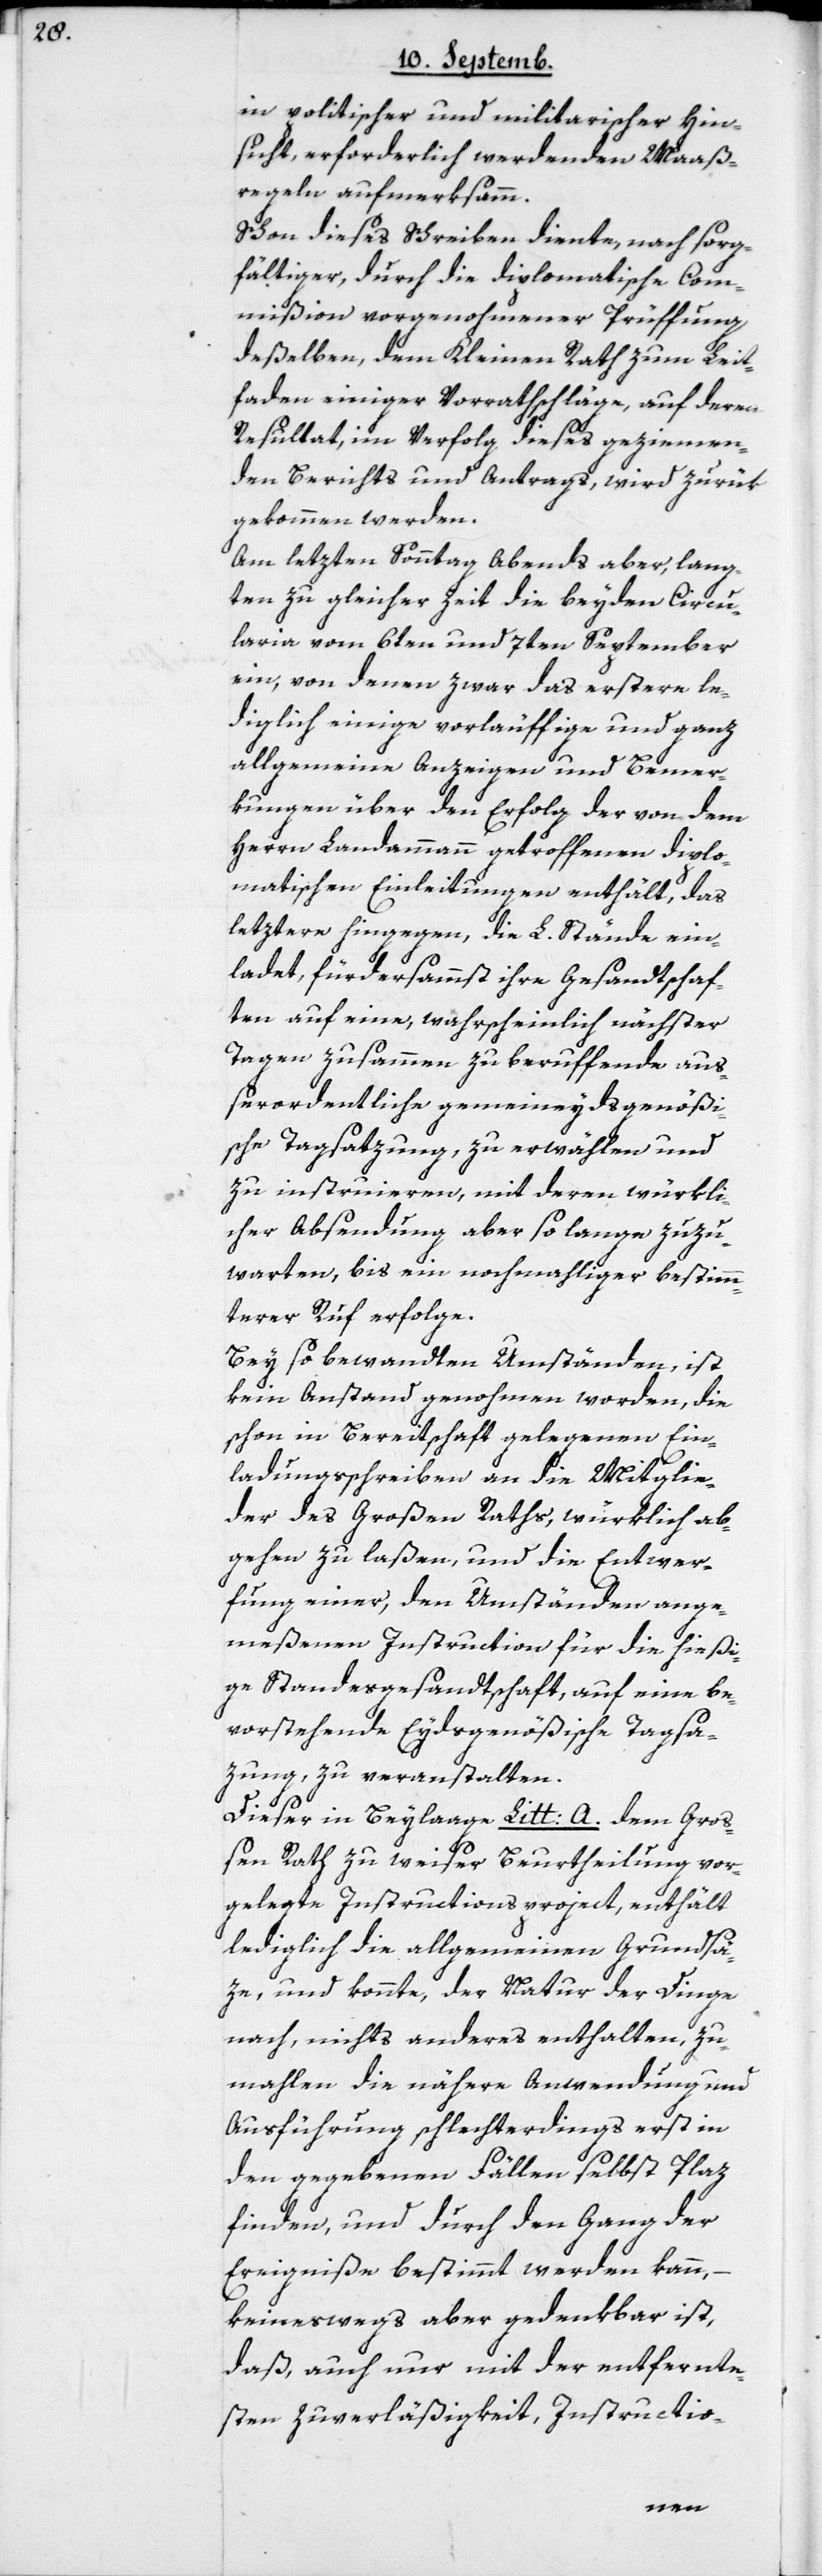
in politischer und militarischer Hin¬
sicht, erforderlich werdenden Maaß¬
regeln aufmerksamm.
Schon dieses Schreiben diente, nach sorg¬
fältiger, durch die diplomatische Com¬
mißion vorgenohmener Prüffung
deßelben, dem Kleinen Rath zum Leit¬
faden einiger Vorrathschläge, auf deren
Resultat, im Verfolg dieses geziemen¬
den Berichts und Antrags, wird zurük
gekommen werden.
Am letzten Sonntag Abends aber, lang¬
ten zu gleicher Zeit die beyden Circu¬
laria vom 6sten und 7ten September
ein, von denen zwar das erstere le¬
diglich einige vorläuffige und ganz
allgemeine Anzeigen und Bemer¬
kungen über den Erfolg der von dem
Herrn Landammann getroffenen diplo¬
matischen Einleitungen enthält, das
letztere hingegen, die L. Stände ein¬
ladet, fürdersammst ihre Gesandtschaf¬
ten auf eine, wahrscheinlich nächster
Tagen zusammen zu beruffende auß¬
erordentliche gemeineydsgenößi¬
sche Tagsatzung, zu erwählen und
zu instruieren, mit deren würkli¬
cher Absendung aber so lange zuzu¬
warten, bis ein nochmahliger bestimm¬
terer Ruf erfolge.
Bey so bewandten Umständen, ist
kein Anstand genohmen worden, die
schon in Bereitschaft gelegenen Ein¬
ladungsschreiben an die Mitglie¬
der des Großen Raths, würklich ab¬
gehen zu laßen, und die Entwer¬
fung einer, den Umständen ange¬
meßenen Instruction für die hießi¬
ge Standesgesandtschaft, auf eine be¬
vorstehende Eydsgenößische Tagsa¬
zung zu veranstalten.
Dieser in Beylaage Litt: A. dem Gro¬
ßen Rath zu weiser Beurtheilung vor¬
gelegte Instructionsproject enthält
lediglich die allgemeinen Grundsä¬
ze, und konnte, der Natur der Dinge
nach, nichts anderes enthalten, zu¬
mahlen die nähere Anwendung und
Ausführung schlechterdings erst in
den gegebenen Fällen selbst Platz
finden, und durch den Gang der
Ereigniße bestimmt werden kann,
keineswegs aber gedenkbar ist,
daß auch nur mit der entfernte¬
sten Zuverläßigkeit, Instructio-